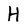
Character: H